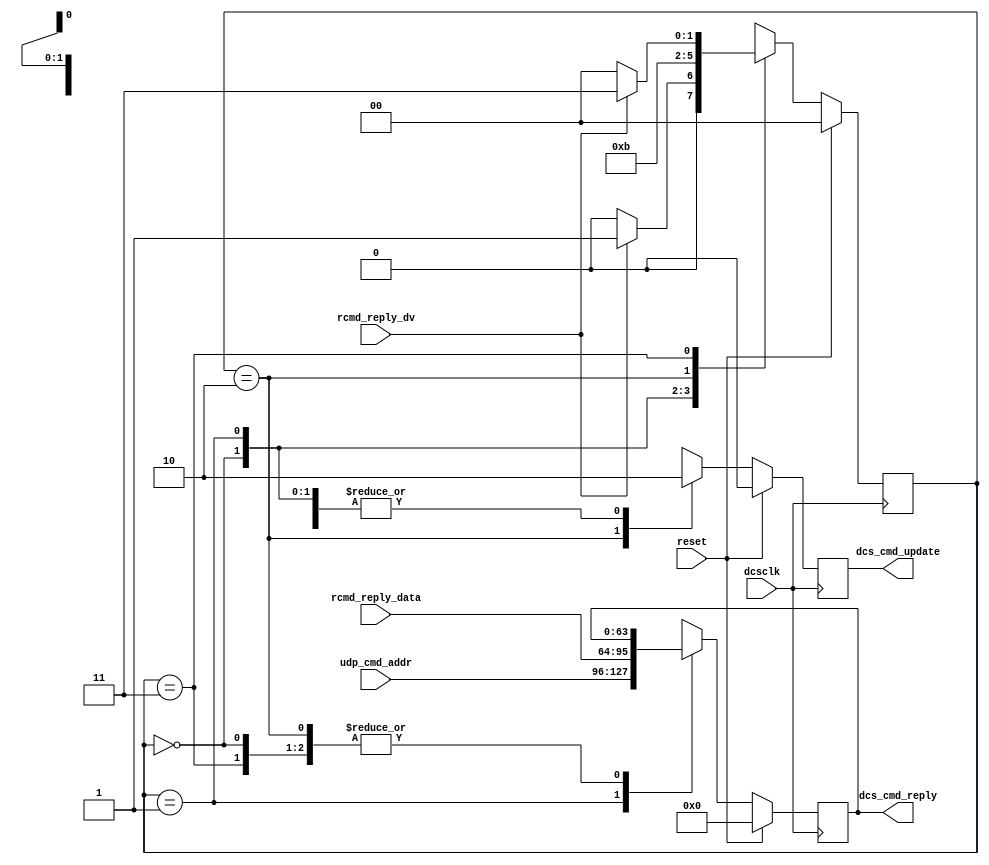
`timescale 1ns / 1ps

// ALICE/PHOS SRU
// Equivalent SRU = SRUV3FM2015071611_EMCal
// Fan Zhang. 16 July 2015

module srudcsreplyack(
		input 				reset,
		input 				dcsclk,
		
		input 				rcmd_reply_dv,
		input [31:0] 		udp_cmd_addr,
		input [31:0] 		rcmd_reply_data,
		
		output reg 			dcs_cmd_update = 1'b0,
		output reg [63:0] dcs_cmd_reply = 64'h0
    );

parameter st0 = 0; parameter st1 = 1; 
parameter st2 = 2; parameter st3 = 3; 
reg [1:0] st = st0;

always @(posedge dcsclk)
if(reset)
begin
dcs_cmd_update <= 1'b0;
dcs_cmd_reply <= 64'h0;
st <= st0;
end else case(st)
st0 : begin
dcs_cmd_update <= 1'b0;
dcs_cmd_reply <= dcs_cmd_reply;

if(rcmd_reply_dv)
st <= st1;
else
st <= st0;
end

st1 : begin
dcs_cmd_update <= 1'b0;
dcs_cmd_reply <= {udp_cmd_addr,rcmd_reply_data};

st <= st2;
end

st2 : begin
dcs_cmd_update <= 1'b1;
dcs_cmd_reply <= dcs_cmd_reply;

st <= st3;
end

st3 : begin
dcs_cmd_update <= 1'b0;
dcs_cmd_reply <= dcs_cmd_reply;

if(rcmd_reply_dv)
st <= st3;
else
st <= st0;
end

default : begin
dcs_cmd_update <= 1'b0;
dcs_cmd_reply <= 64'h0;

st <= st0;
end
endcase
//-------------------------------------------------------

endmodule